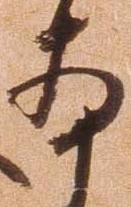
本